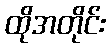
ထိုအတိုင်း